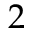
2